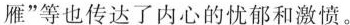
雁”等也传达了内心的忧郁和激愤。